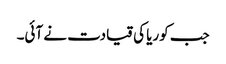
جب کوریا کی قیادت نے آئی۔